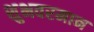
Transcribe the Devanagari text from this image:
शुभवरमान